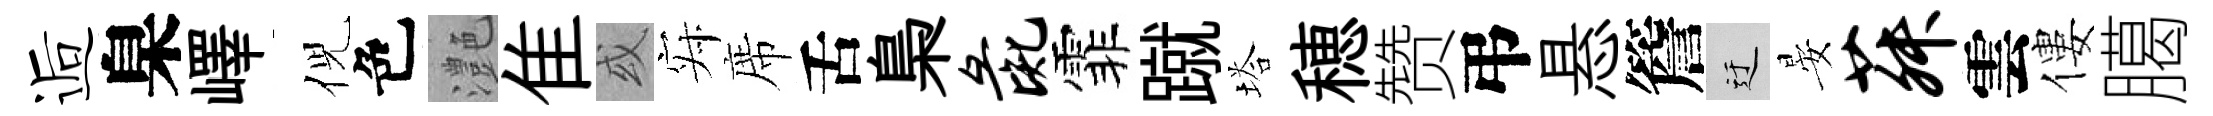
逅臬嶧倪色灔隹或寂席舌梟彘霏蹴塔穂赞弔悬簷迂晏菽雲僂臈